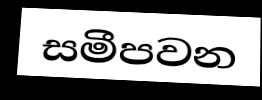
සමීපවන